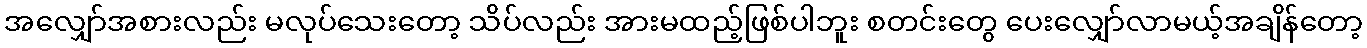
အလျှော်အစားလည်း မလုပ်သေးတော့ သိပ်လည်း အားမထည့်ဖြစ်ပါဘူး စတင်းတွေ ပေးလျှော်လာမယ့်အချိန်တော့